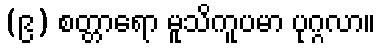
(၉) စတ္တာရော မူသိကူပမာ ပုဂ္ဂလာ။